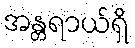
အန္တရာယ်ရှိ